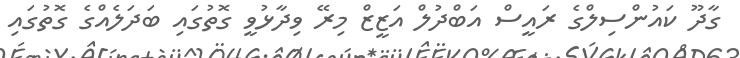
ގާދޫ ކައުންސިލްގެ ރައީސް އަބްދުލް އަޒީޒް މިރޭ ވިދާޅުވީ ގޮތުގައި ބަދަލެއްގެ ގޮތުގައި